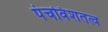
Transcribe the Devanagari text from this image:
पंचविंशतत्व